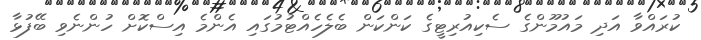
ކުރައްވާ އަދި މައުމޫންގެ ސެކިއުރިޓީގެ ކަންކަން ބެލެހެއްޓުމުގައި އެންމެ އިސްކޮށް ހުންނެވި ބޭފުޅާ